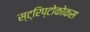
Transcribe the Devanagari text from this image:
स्ट्रिप्टोकोकस